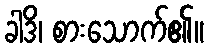
ခါဒိ၊ စားသောက်၏။